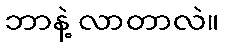
ဘာနဲ့ လာတာလဲ။